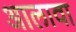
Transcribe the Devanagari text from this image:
अालावा